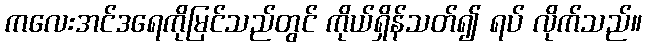
ကလေးအင်ဒရေကိုမြင်သည်တွင် ကိုယ်ရှိန်သတ်၍ ရပ် လိုက်သည်။